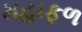
મહાફળ